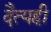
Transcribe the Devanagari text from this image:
दैत्यही